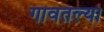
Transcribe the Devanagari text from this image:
गावतल्या